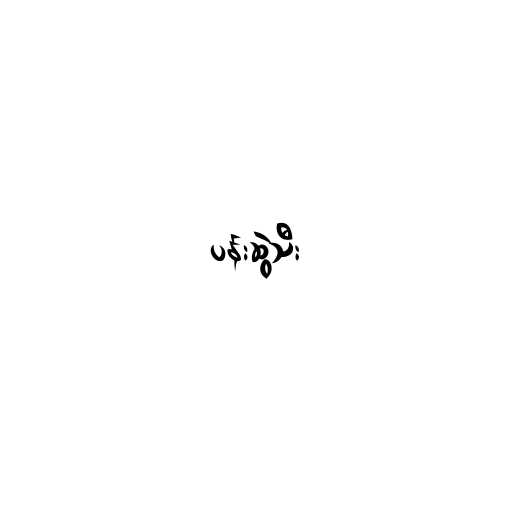
ပန်းဆွဲသီး